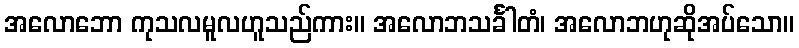
အလောဘော ကုသလမူလဟူသည်ကား။ အလောဘသင်္ခါတံ၊ အလောဘဟုဆိုအပ်သော။